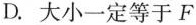
D.大小一定等于F